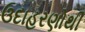
ઉદાહરણોથી